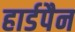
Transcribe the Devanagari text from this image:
हार्डपैन